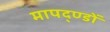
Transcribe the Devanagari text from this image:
मापद्ण्डों